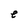
Character: e